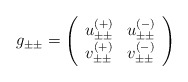
\begin{align*}g_{\pm\pm}=\left(\begin{array}{cc}u_{\pm\pm}^{(+)}&u_{\pm\pm}^{(-)}\\v_{\pm\pm}^{(+)}&v_{\pm\pm}^{(-)}\end{array}\right)\end{align*}